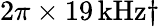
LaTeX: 2\pi\times 19\, \mathrm{kHz}\dagger